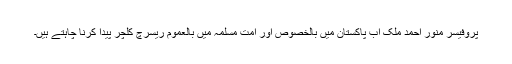
پروفیسر منور احمد ملک اب پاکستان میں بالخصوص اور امت مسلمہ میں بالعموم ریسرچ کلچر پیدا کرنا چاہتے ہیں۔